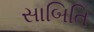
સાબિતિ